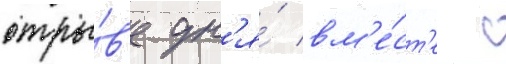
отры́в'е дн'я́ вм'е́ст'е с